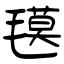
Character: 氁